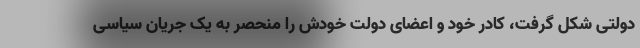
دولتی شکل گرفت، کادر خود و اعضای دولت خودش را منحصر به یک جریان سیاسی